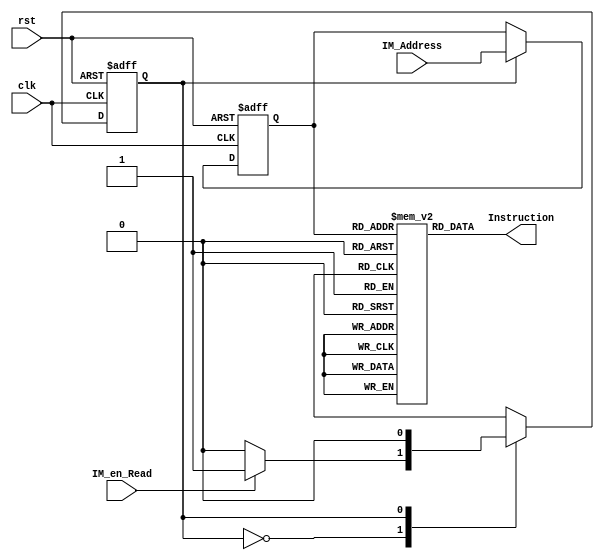
// Instruction Memory

module IM (	clk,
			rst,
			IM_Address,
			IM_en_Read,
			Instruction);

	parameter bit_size = 32;
	parameter mem_size = 16;

	input  clk, rst;
	input  [mem_size-1:0] IM_Address;
	input  IM_en_Read;
	
	output [bit_size-1:0] Instruction;
	
	reg [bit_size-1:0] IM_data [0:( 2**mem_size-1 )];	
	
	// state
	parameter Idle		 = 0,
			  Read_data  = 1;
	
	reg nxt_state;
	reg cur_state;
	reg [mem_size-1:0] r_IM_Addr;
	
	assign Instruction = IM_data[r_IM_Addr];
	
	// FSM
	always @ (*) begin
		case (cur_state)
		Idle		 : nxt_state = IM_en_Read ?
								   Read_data : Idle;
		Read_data	 : nxt_state = Idle;
		endcase
	end	
	
	// reg
	always @ (posedge clk or posedge rst) begin
		if (rst) begin
			r_IM_Addr <= 0;
			cur_state <= Idle;					
		end
		else begin
			// read
			if (cur_state==Read_data)
				r_IM_Addr <= IM_Address;
			cur_state <= nxt_state;
		end
		
	end
endmodule